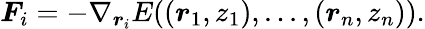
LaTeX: \boldsymbol{F}_{i}=-\nabla_{\boldsymbol{r}_{i}}E((\boldsymbol{r}_{1},z_{1}),...,(\boldsymbol{r}_{n},z_{n})).